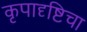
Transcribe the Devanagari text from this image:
कृपादृष्टिचा